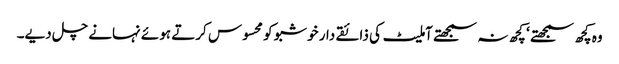
وہ کچھ سمجھتے ‘ کچھ نہ سمجھتے آملیٹ کی ذائقے دار خوشبو کو محسوس کرتے ہوئے نہانے چل دیے۔